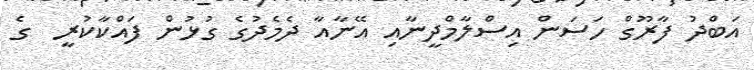
އަބްދު ފާރޫގް ހަސަން އިސްލާމްދީނާއި އޭނާއާ ދެމެދުގެ ގުޅުން ފައްކާކުރީ  ގެ